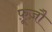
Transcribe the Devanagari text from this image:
फ़ूज़ौ